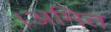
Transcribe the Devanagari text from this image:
।अमित